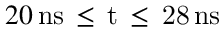
2 0 \, \mathrm { { n s } \, \leq \, t \, \leq \, 2 8 \, \mathrm { { n s } } }